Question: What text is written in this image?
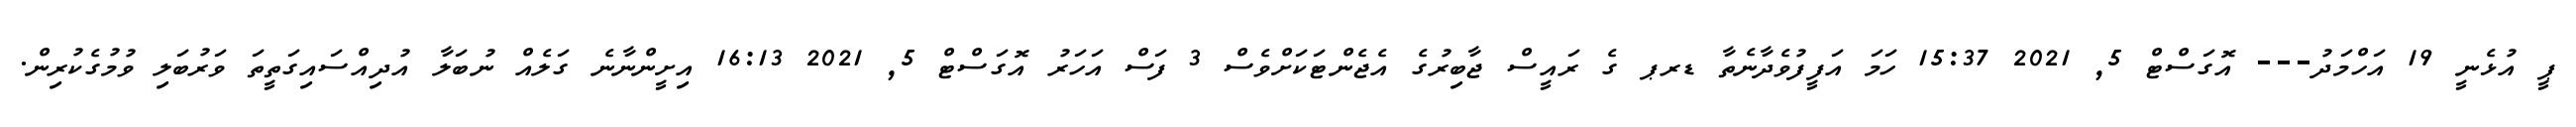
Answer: ޕީ އުޅެނީ 19 އަހްމަދު--- އޮގަސްޓް 5, 2021 15:37 ހަމަ އަފީފުވެދާނެތާ ޑރޕ ގެ ރައީސް ޖާބިރުގެ އެޖެންޓަކަށްވެސް 3 ފަސް އަހަރު އޮގަސްޓް 5, 2021 16:13 އިށީންނާނެ ގަލެއް ނުބަލާ އުދިއްސައިގަތީތަ ވަރުބަލި ވުމުގެކުރިން.